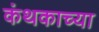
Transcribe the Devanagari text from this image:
कंथकाच्या